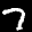
Label: 7